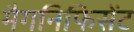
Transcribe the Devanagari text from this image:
मैगनिफिसेंट